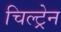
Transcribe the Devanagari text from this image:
चिल्ट्रेन